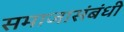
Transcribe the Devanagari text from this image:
समाजासंबंधी